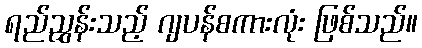
ရည်ညွှန်းသည့် ဂျပန်စကားလုံး ဖြစ်သည်။